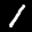
Label: 1